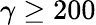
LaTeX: \gamma\geq 200